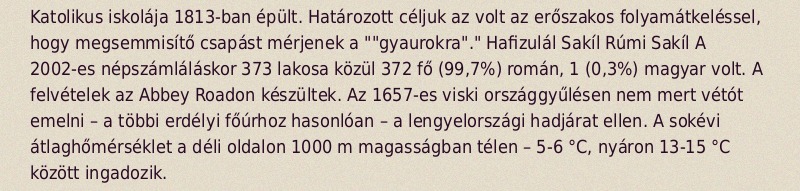
Katolikus iskolája 1813-ban épült. Határozott céljuk az volt az erőszakos folyamátkeléssel, hogy megsemmisítő csapást mérjenek a ""gyaurokra"." Hafizulál Sakíl Rúmi Sakíl A 2002-es népszámláláskor 373 lakosa közül 372 fő (99,7%) román, 1 (0,3%) magyar volt. A felvételek az Abbey Roadon készültek. Az 1657-es viski országgyűlésen nem mert vétót emelni – a többi erdélyi főúrhoz hasonlóan – a lengyelországi hadjárat ellen. A sokévi átlaghőmérséklet a déli oldalon 1000 m magasságban télen – 5-6 °C, nyáron 13-15 °C között ingadozik.